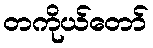
တကိုယ်တော်